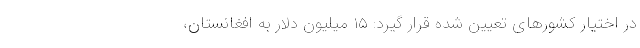
در اختیار کشورهای تعیین شده قرار گیرد: ۱۵ میلیون دلار به افغانستان،